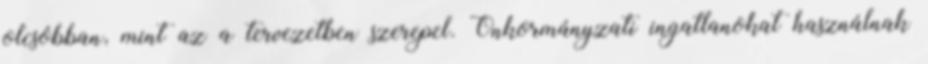
olcsóbban, mint az a tervezetben szerepel. Önkormányzati ingatlanokat használnak